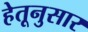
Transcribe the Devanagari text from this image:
हेतूनुसार